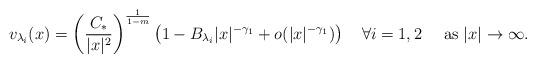
LaTeX: \begin{align*}v_{\lambda_i}(x)=\left(\frac{C_{\ast}}{|x|^2}\right)^{\frac{1}{1-m}}\left(1-B_{\lambda_i}|x|^{-\gamma_1}+o(|x|^{-\gamma_1})\right)\quad\forall i=1,2\quad\mbox{ as }|x|\to\infty.\end{align*}